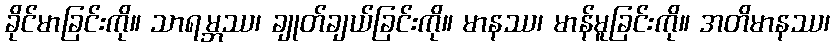
ခိုင်မာခြင်းကို။ သာရမ္ဘဿ၊ ချုတ်ချယ်ခြင်းကို။ မာနဿ၊ မာန်မူခြင်းကို။ အတိမာနဿ၊